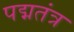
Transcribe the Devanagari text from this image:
पद्मतंत्र